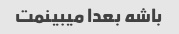
باشه بعدا میبینمت